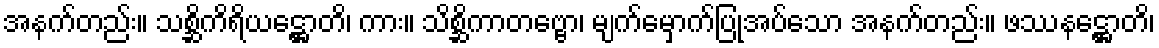
အနက်တည်း။ သစ္ဆိကိရိယဋ္ဌောတိ၊ ကား။ သိစ္ဆိကာတဗ္ဗော၊ မျက်မှောက်ပြုအပ်သော အနက်တည်း။ ဖဿနဋ္ဌောတိ၊